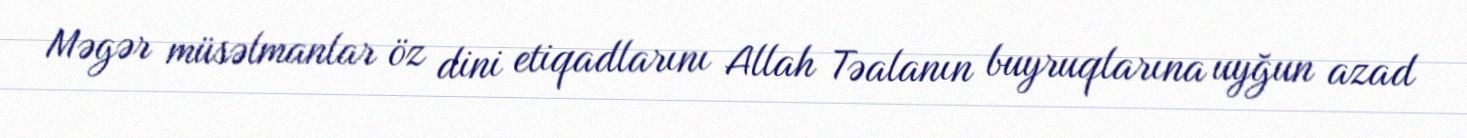
Məgər müsəlmanlar öz dini etiqadlarını Allah Təalanın buyruqlarına uyğun azad